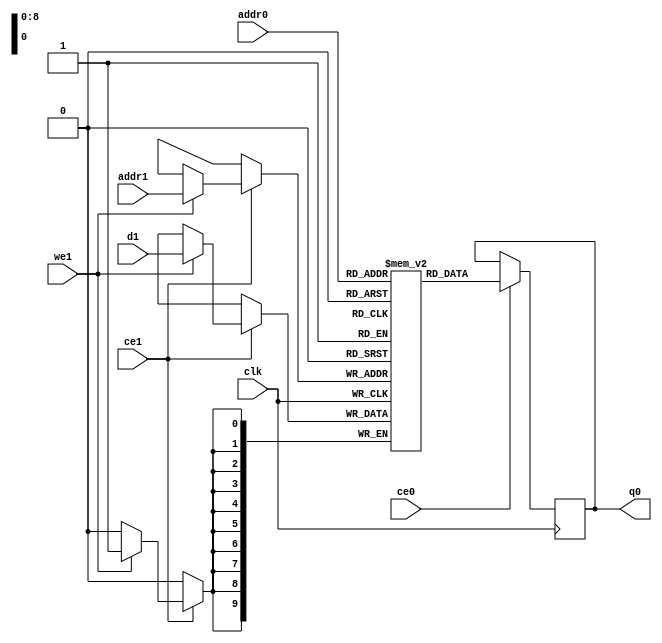
// ==============================================================
// File generated by Vivado(TM) HLS - High-Level Synthesis from C, C++ and SystemC
// Version: 2018.1
// Copyright (C) 1986-2018 Xilinx, Inc. All Rights Reserved.
// 
// ==============================================================

`timescale 1 ns / 1 ps
module process_frame_Hisbll_ram (addr0, ce0, q0, addr1, ce1, d1, we1,  clk);

parameter DWIDTH = 10;
parameter AWIDTH = 9;
parameter MEM_SIZE = 272;

input[AWIDTH-1:0] addr0;
input ce0;
output reg[DWIDTH-1:0] q0;
input[AWIDTH-1:0] addr1;
input ce1;
input[DWIDTH-1:0] d1;
input we1;
input clk;

(* ram_style = "distributed" *)reg [DWIDTH-1:0] ram[0:MEM_SIZE-1];




always @(posedge clk)  
begin 
    if (ce0) 
    begin
            q0 <= ram[addr0];
    end
end


always @(posedge clk)  
begin 
    if (ce1) 
    begin
        if (we1) 
        begin 
            ram[addr1] <= d1; 
        end 
    end
end


endmodule